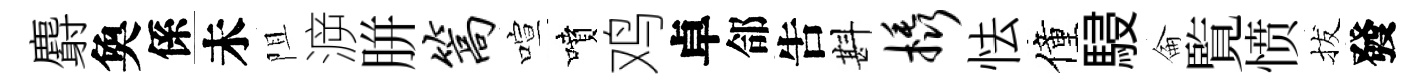
麝奐係未阻㴑胼篙喧噴鸡卓郃吿斟橇怯僮駸侖覧愤拔發